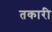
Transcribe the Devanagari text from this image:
तकारी